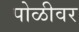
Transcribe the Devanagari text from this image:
पोळीवर